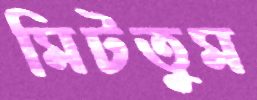
মিটতুম